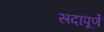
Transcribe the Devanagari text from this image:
सदापूर्णे